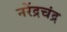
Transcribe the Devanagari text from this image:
नरेंद्रचंद्र